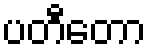
ပတီတော